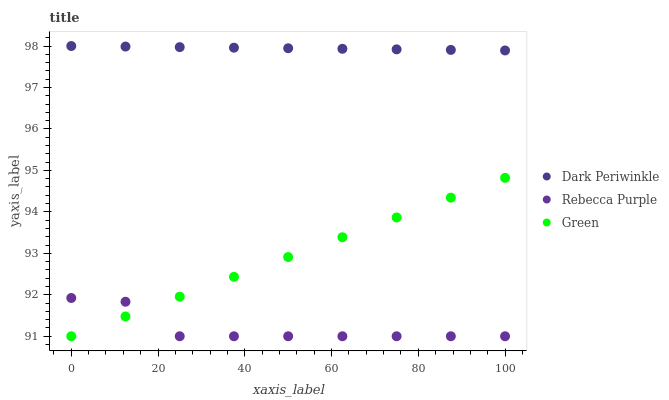
| xaxis_label | Dark Periwinkle | Rebecca Purple | Green |
 | --- | --- | --- | --- |
 | 0 | 98 | 91.9 | 91 |
 | 12.5 | 98 | 91.8 | 91.5 |
 | 25 | 98 | 91 | 92 |
 | 37.5 | 98 | 91 | 92.4 |
 | 50 | 97.9 | 91 | 92.9 |
 | 62.5 | 97.9 | 91 | 93.4 |
 | 75 | 97.9 | 91 | 93.9 |
 | 87.5 | 97.9 | 91 | 94.3 |
 | 100 | 97.9 | 91 | 94.8 |